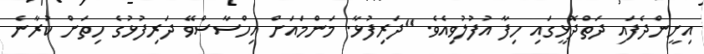
އިށީންދެފައި ދަތްދޮޅީގައި ހިފާ އުފުލުވިއެވެ. "ދަރިފުޅާ. މަންމައަށް އިހްސާސްވޭ ދަރިފުޅުގެ ހިތަށް ކުރާނެ